Leprosy in India: report of the Leprosy Commission in India, 1890-91
Year: 1890
Disease focus: Leprosy
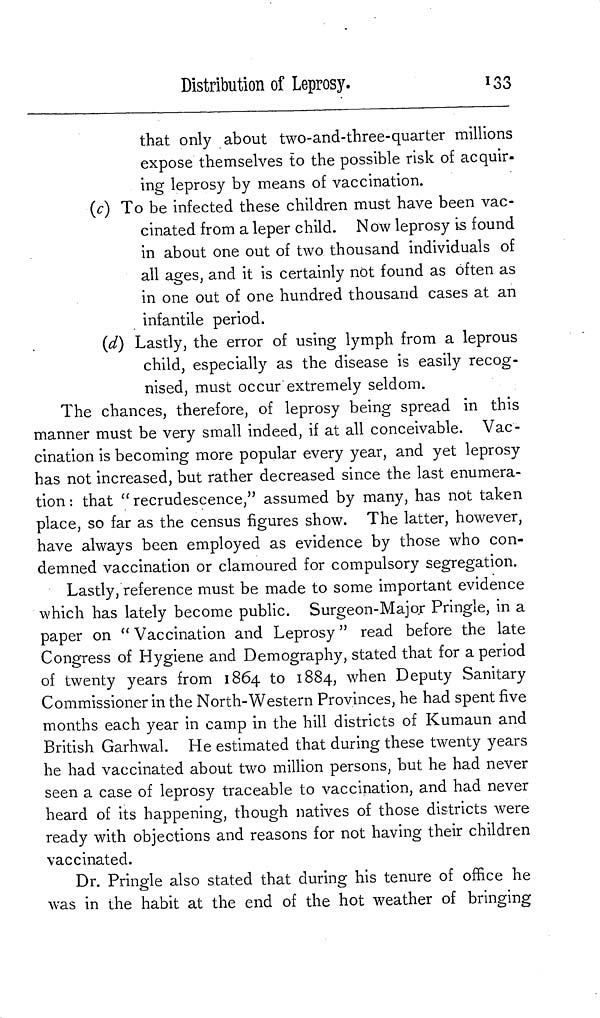
Distribution of Leprosy.
133
that only about two-and-three-quarter millions
expose themselves to the possible risk of acquir-
ing leprosy by means of vaccination.
{c) To be infected these children must have been vac-
cinated from a leper child. Now leprosy is found
in about one out of two thousand individuals of
all ages, and it is certainly not found as often as
in one out of one hundred thousand cases at an
infantile period.
(d) Lastly, the error of using lymph from a leprous
child, especially as the disease is easily recog-
nised, must occur extremely seldom.
The chances, therefore, of leprosy being spread in this
manner must be very small indeed, if at all conceivable. Vac-
cination is becoming more popular every year, and yet leprosy
has not increased, but rather decreased since the last enumera-
tion: that " recrudescence," assumed by many, has not taken
place, so far as the census figures show. The latter, however,
have always been employed as evidence by those who con-
demned vaccination or clamoured for compulsory segregation.
Lastly, reference must be made to some important evidence
which has lately become public. Surgeon-Major Pringle, in a
paper on " Vaccination and Leprosy " read before the late
Congress of Hygiene and Demography, stated that for a period
of twenty years from 1864 to 1884, when Deputy Sanitary
Commissioner in the North-Western Provinces, he had spent five
months each year in camp in the hill districts of Kumaun and
British Garhwal. He estimated that during these twenty years
he had vaccinated about two million persons, but he had never
seen a case of leprosy traceable to vaccination, and had never
heard of its happening, though natives of those districts were
ready with objections and reasons for not having their children
vaccinated.
Dr. Pringle also stated that during his tenure of office he
was in the habit at the end of the hot weather of bringing